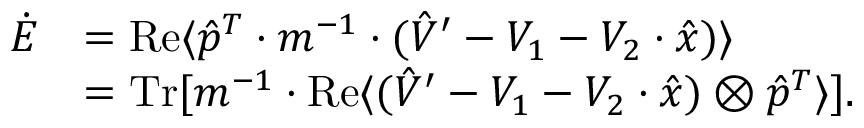
\begin{array} { r l } { \dot { E } } & { = \operatorname { R e } \langle \hat { p } ^ { T } \cdot m ^ { - 1 } \cdot ( \hat { V } ^ { \prime } - V _ { 1 } - V _ { 2 } \cdot \hat { x } ) \rangle } \\ & { = \operatorname { T r } [ m ^ { - 1 } \cdot \operatorname { R e } \langle ( \hat { V } ^ { \prime } - V _ { 1 } - V _ { 2 } \cdot \hat { x } ) \otimes \hat { p } ^ { T } \rangle ] . } \end{array}